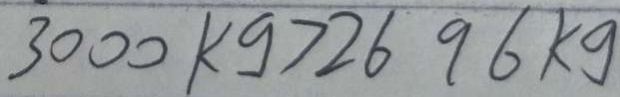
3 0 0 0 k g > 2 6 9 6 k g